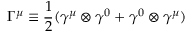
{ \Gamma } ^ { \mu } \equiv \frac { 1 } { 2 } ( { \gamma } ^ { \mu } \otimes { \gamma } ^ { 0 } + { \gamma } ^ { 0 } \otimes { \gamma } ^ { \mu } )